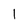
Character: 1